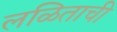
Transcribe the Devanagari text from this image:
लळिताची